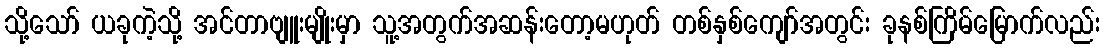
သို့သော် ယခုကဲ့သို့ အင်တာဗျူးမျိုးမှာ သူ့အတွက်အဆန်းတော့မဟုတ် တစ်နှစ်ကျော်အတွင်း ခုနစ်ကြိမ်မြောက်လည်း